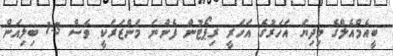
ބީއެމްއެލްގެ މިދިޔަ އަހަރުގެ އަހަރީ ރިޕޯޓުން ފެންނަ މަންޒަރަކީ ވެސް 1.3 ބިލިއަން